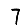
Digit: 7